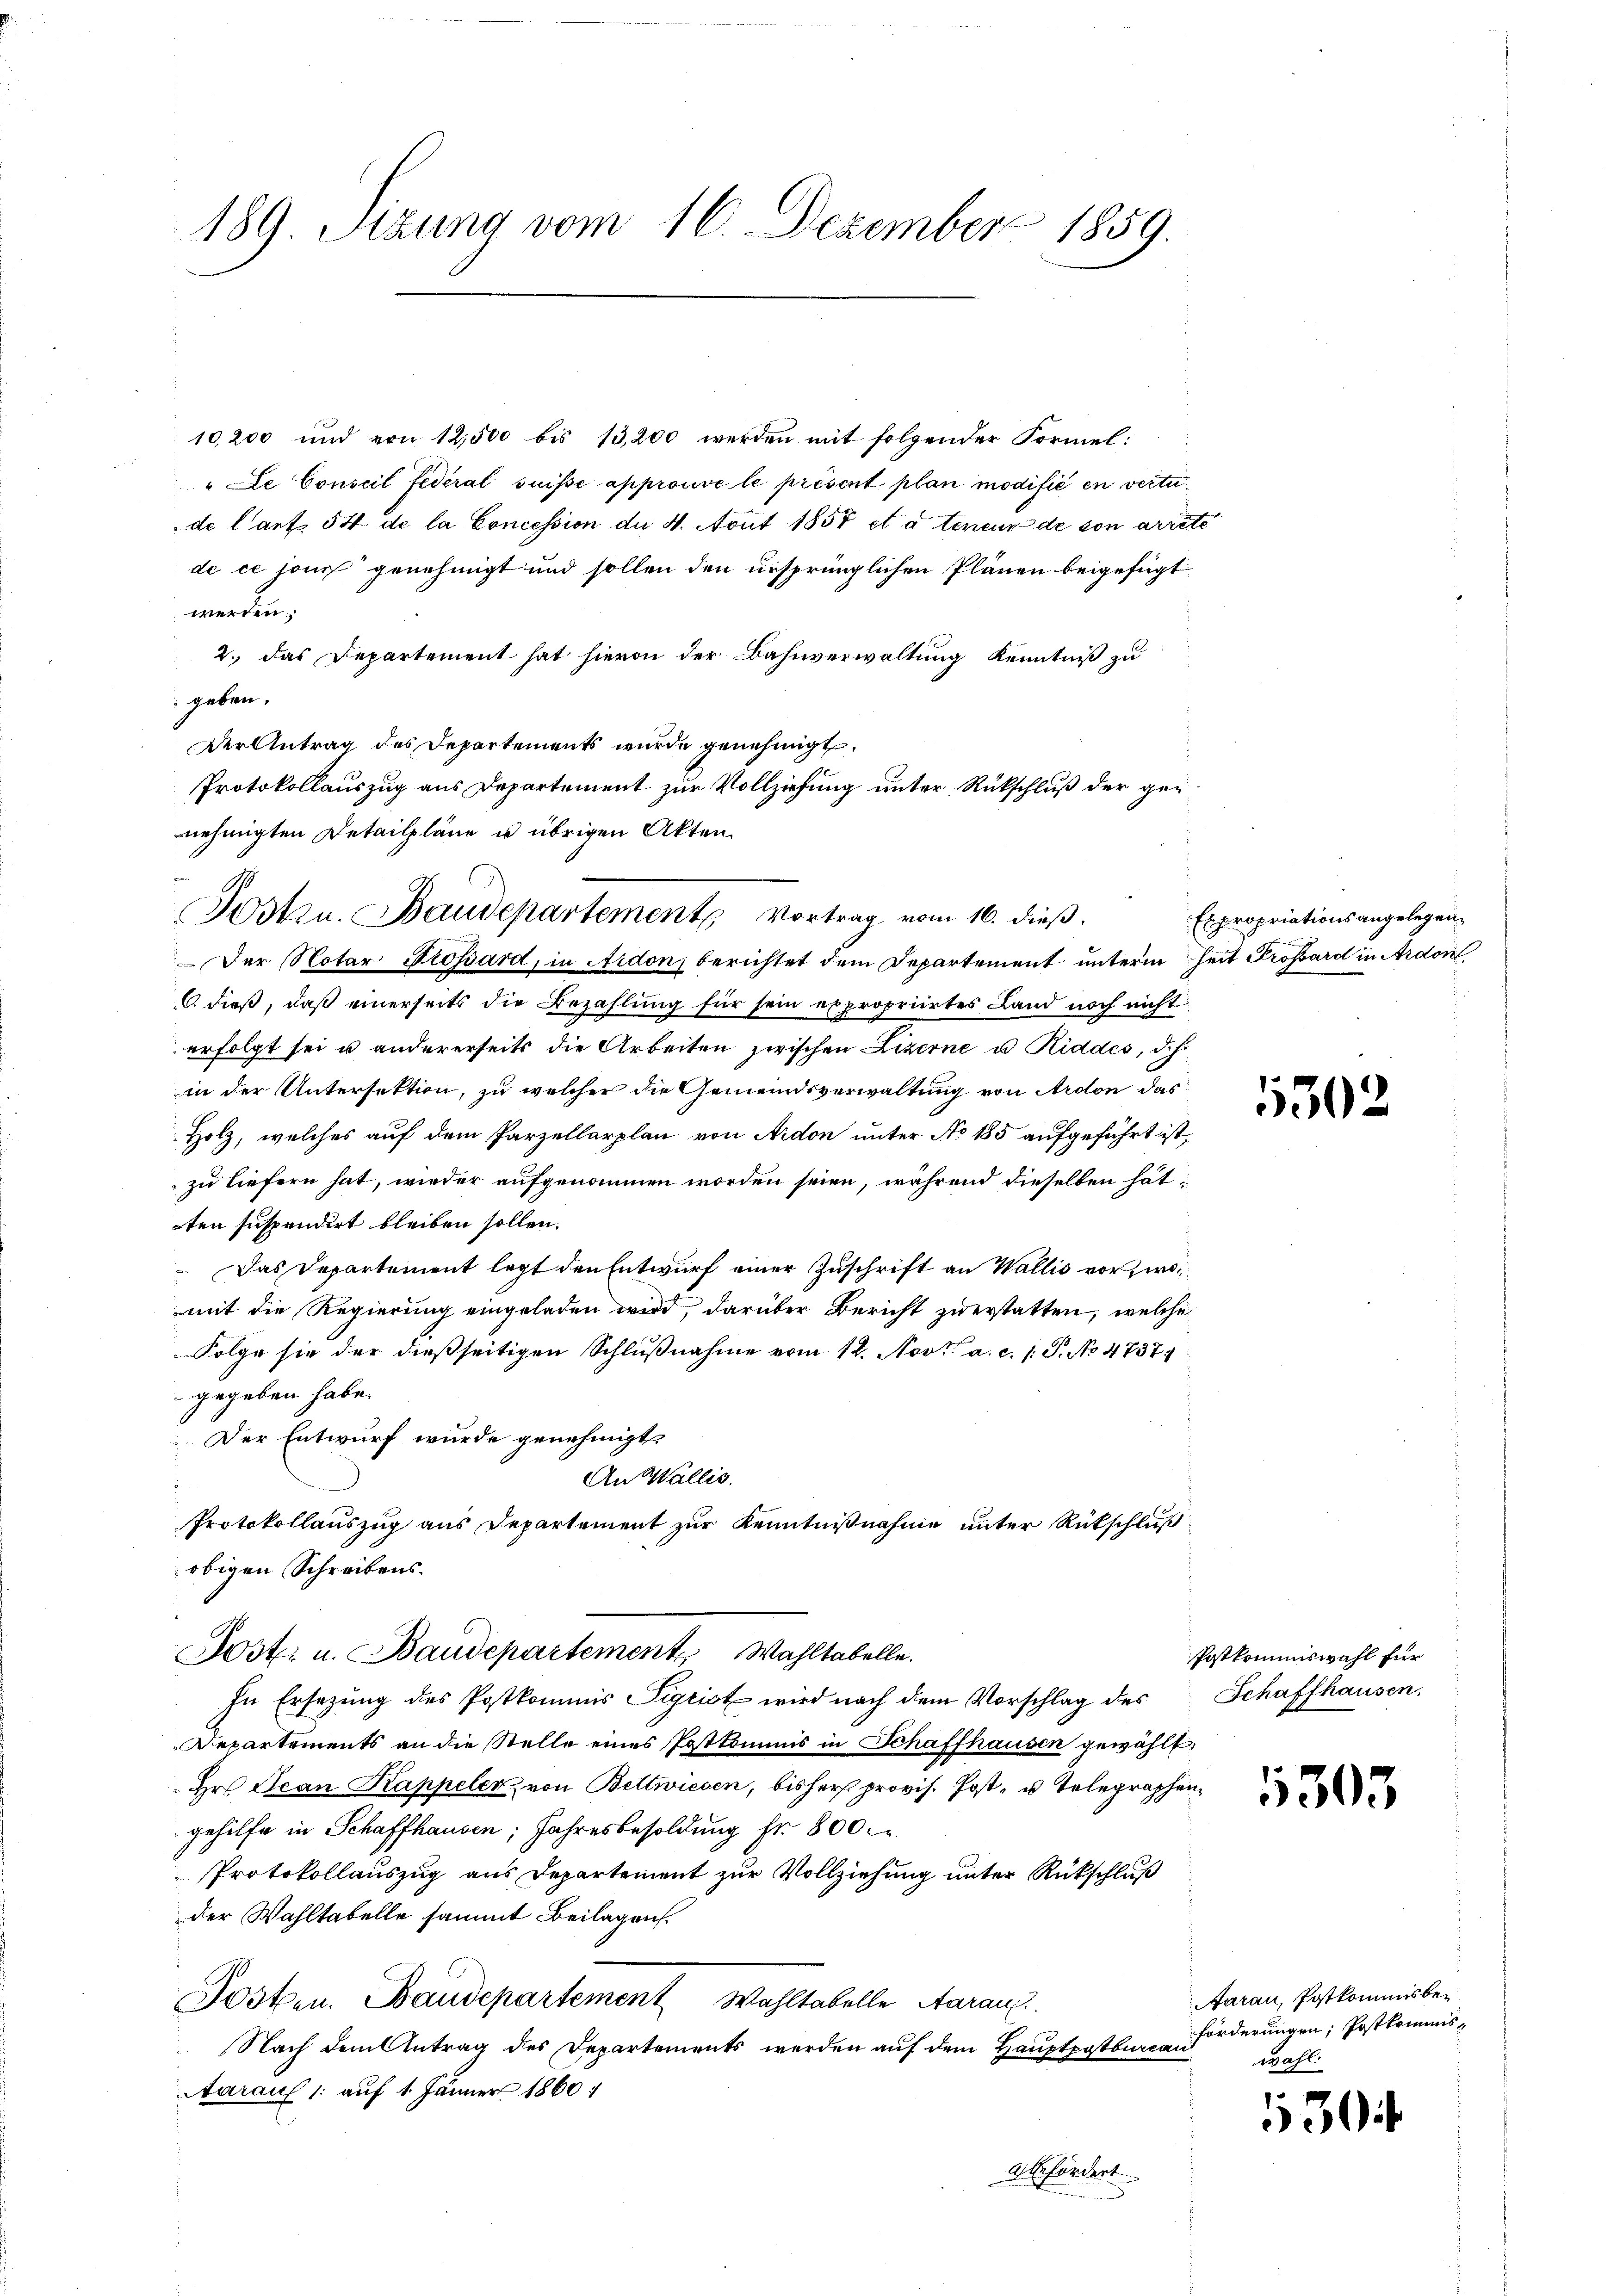
189. Szung vom 16. Dezember 1859.

10,200 und von 12,500 bis 13,200 werden mit folgender Formel:
"Le Conseil fédéral suisse approuve le présent plan modifié en vertu
de l’art. 54 de la Concession der 4. Art 1857 et à teneur de von arrete
de ce jour genehmigt und sollen den ursprünglichen Plänen beigefügt
werden;
2. das Departement hat hievon der Bahnverwaltung Kenntniß zu
geben.
Der Antrag des Departements wurde genehmigt.
Protokollauszug aus Departement zur Vollziehung unter Rückschluß der gen
nehmigten Detailpläne u übrigen Akten.
Der Notar Prossard, in Aidon, berichtet dem Departement unterm heit Prosard in Ardon
6. dieß, daß einerseits die Bezahlung für sein expropriirtes Land noch nicht
erfolgt sei u andererseits die Arbeiten zwischen Lizerne u Riddes, d. h.
in der Untersektion, zu welcher die Gemeindsverwaltung von Ardon das
Holz, welches auf dem Parzellarplan von Aidon unter No 185 aufgeführt ist,
zu tiefern hat, wieder aufgenommen worden seien, während dieselben hat,
ten suspendirt bleiben sollen.
Das Departement legt den Entwurf einer Zuschrift an Wallis vor Zirk
mit die Regierung eingeladen wird, darüber Bericht zuerstatten, welche
Folge sie der dießseitigen Schlußnahme vom 14. Nov. a. c. 1. P. No 4737.
gegeben habe.
Der Entwurf wurde genehmigt.
An Wallis.
Protokollauszug aus Departement zur Kenntnißnahme unter Rückschluß
obigen Schreibens.
Jost u. Baudepartement Wahltabelle.
In Ersezung des Postkommis Sigrist wird nach dem Vorschlag des
Departements an die Stelle eines Postkommis in Schaffhausen gewählt,
Hr. Jean Kappeler, von Bettwiesen, bisher provis. Post- u. Telegraphengehilfe in Schaffhausen, Jahresbesoldung fr. 800.
Protokollauszug aus Departement zur Vollziehung unter Rückschluß
der Wahltabelle sammt Beilagen.
Posten. Baudepartement Wohltabelle Aarau
Nach dem Antrag des Departements werden auf dem Hauptpotbureau
Aarauf 1. auf 1 Jänner 1860
befördert

1
Jotzu. Baudepartements Vortrag vom 16. dieß.

Expropriationsangelegen¬

130

Postkommiswahl für
Schaffhausen.

5305

Aarau, Postkommisber
förderungen; Postkommiswahl:

530